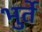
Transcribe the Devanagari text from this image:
भुर्ते